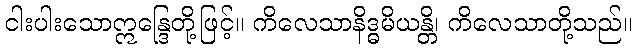
ငါးပါးသောဣန္ဒြေတို့ဖြင့်။ ကိလေသာနိဒ္ဓမိယန္တိ၊ ကိလေသာတို့သည်။